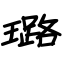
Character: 璐